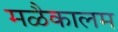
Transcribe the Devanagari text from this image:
मळैकालम